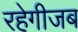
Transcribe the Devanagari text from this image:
रहेगीजब